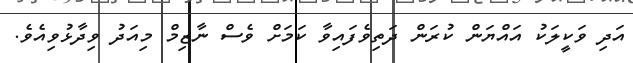
އަދި ވަކީލަކު އައްޔަން ކުރަން ދަތިވެފައިވާ ކަމަށް ވެސް ނާޒިމް މިއަދު ވިދާޅުވިއެވެ.